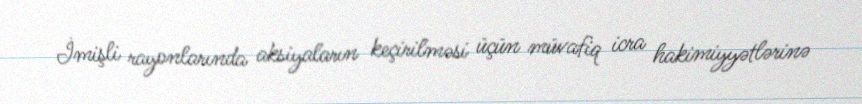
İmişli rayonlarında aksiyaların keçirilməsi üçün müvafiq icra hakimiyyətlərinə